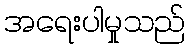
အရေးပါမှုသည်